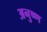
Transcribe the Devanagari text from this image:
अनुष्ण